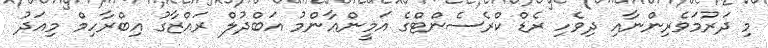
މި ދަރުމަވެރިންނާއި ދިވެހި ރެޑް ކްރެސެންޓްގެ އަމީންޢާންމު އަބްދުލް ރައްޒާގު އިބްރާހިމް މިއަދު